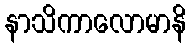
နာသိကာလောမာနိ